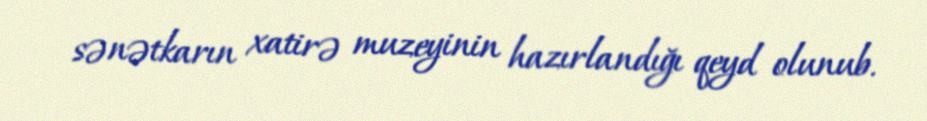
sənətkarın xatirə muzeyinin hazırlandığı qeyd olunub.